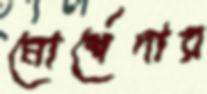
মোর্শেদার